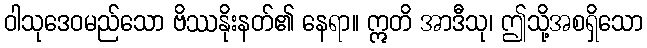
ဝါသုဒေဝမည်သော ဗိဿနိုးနတ်၏ နေရာ။ ဣတိ အာဒီသု၊ ဤသို့အစရှိသော